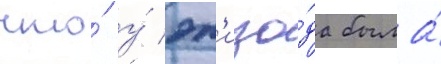
что́ у́ эп'изо́да была́